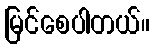
မြင်စေပါတယ်။